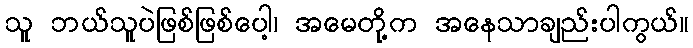
သူ ဘယ်သူပဲဖြစ်ဖြစ်ပေါ့၊ အမေတို့က အနေသာချည်းပါကွယ်။